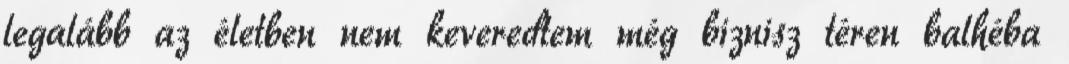
legalább az életben nem keveredtem még biznisz téren balhéba